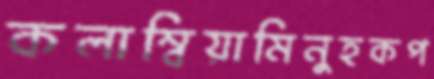
কলাম্বিয়ামিনুহকপ